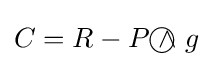
C=R-P{~\wedge \!\!\!\!\!\!\!\!\;\bigcirc ~}g